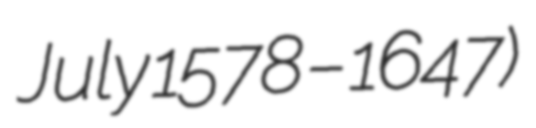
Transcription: July 1578 – 1647)